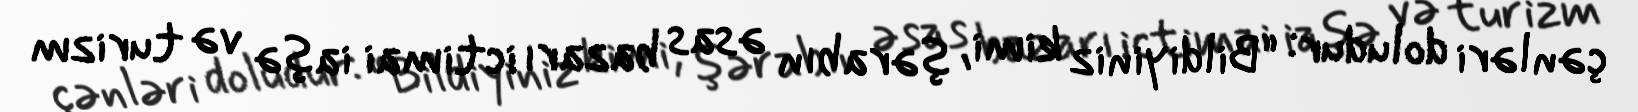
çənləri doludur: “Bildiyiniz kimi, şərabın əsas bazarı ictimai iaşə və turizm